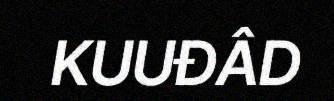
KUUĐÂD